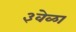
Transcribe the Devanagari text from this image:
३वेळा